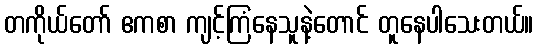
တကိုယ်တော် ဧကစာ ကျင့်ကြံနေသူနဲ့တောင် တူနေပါသေးတယ်။